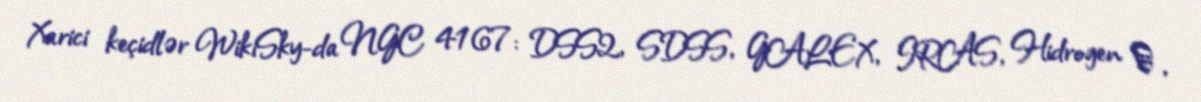
Xarici keçidlər WikiSky-da NGC 4167: DSS2, SDSS, GALEX, IRAS, Hidrogen α,